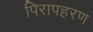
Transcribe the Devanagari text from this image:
पिरापहरण